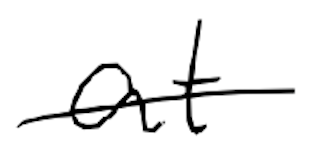
Text: at
Cross-out: single-line
Writing tool: digital_black